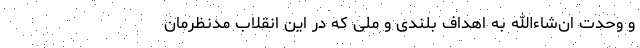
و وحدت ان‌شاء‌الله به اهداف بلندی و ملی که در این انقلاب مدنظرمان